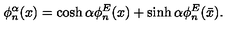
\phi _ { n } ^ { \alpha } ( x ) = \cosh \alpha \phi _ { n } ^ { E } ( x ) + \sinh \alpha \phi _ { n } ^ { E } ( \bar { x } ) .